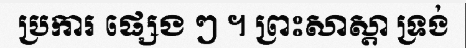
ប្រការ ផ្សេង ៗ ។ ព្រះសាស្តា ទ្រង់